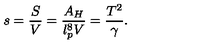
s = { \frac { S } { V } } = { \frac { A _ { H } } { l _ { p } ^ { 8 } V } } = { \frac { T ^ { 2 } } { \gamma } } .